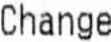
CHANGE